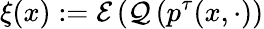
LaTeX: \xi(x):=\mathcal{E}\left(\mathcal{Q}\left(p^{\tau}(x,\cdot\right)\right)